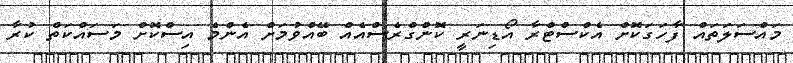
މައްސަލަތައް ފާހަގަކޮށް އެކްސްޓްރާ އޯޑިނަރީ ކޮންގްރެސްއެއް ބޭއްވުމަށް އެންމެ އިސްކޮށް މަސައްކަތް ކުރާ